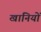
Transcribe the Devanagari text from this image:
खानियों